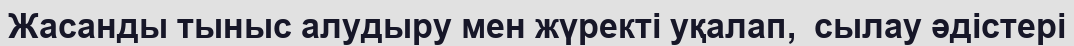
Жасанды тыныс алудыру мен жүректі уқалап,  сылау әдістері